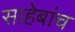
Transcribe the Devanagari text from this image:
साहेबांच